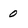
Character: 0